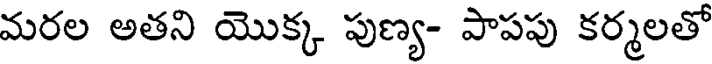
మరల అతని యొక్క పుణ్య- పాపపు కర్మలతో